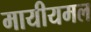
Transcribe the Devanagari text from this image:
मायीयमल